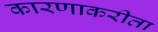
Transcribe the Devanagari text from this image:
कारणाकरीता